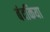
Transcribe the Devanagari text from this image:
बंदकिया